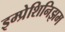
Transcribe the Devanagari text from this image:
इम्प्रेशिनिझम